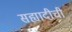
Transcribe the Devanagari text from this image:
सह्यादीची